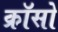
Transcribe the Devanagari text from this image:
क्रॉसो